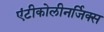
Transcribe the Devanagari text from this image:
एंटीकोलीनर्जिक्स